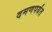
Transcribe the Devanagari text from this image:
दमणपर्यंत